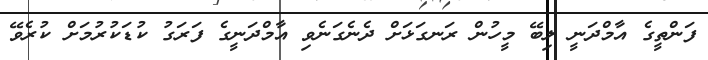
ފަންތީގެ އާމްދަނީ ލިބޭ މީހުން ރަނގަޅަށް ދެނެގަނެވި އާމްދަނީގެ ފަރަގު ކުޑަކުރުމަށް ކުރެވޭ